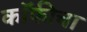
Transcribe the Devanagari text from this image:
कॉफीचा